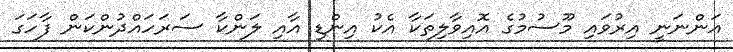
އަންނަނީ އިރުވައި މޫސުމުގެ އޮއިވާލިތަކާ އެކު އިންޑި އާއި ލަންކާ ސަރަހައްދުންކަން ފާހަގަ